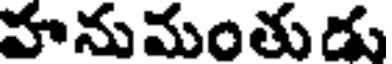
హనుమంతుడు